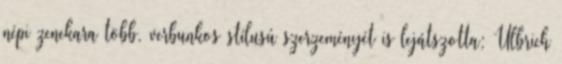
népi zenekara több, verbunkos stílusú szerzeményét is lejátszotta; Ulbrich